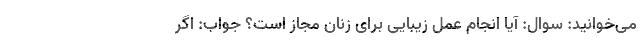
می‌خوانید: سوال: آیا انجام عمل زیبایی برای زنان مجاز است؟ جواب: اگر